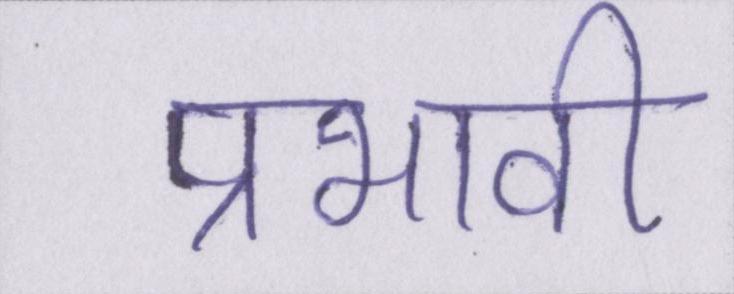
प्रभावी